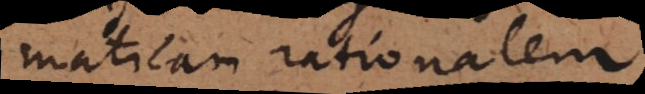
maticam rationalem